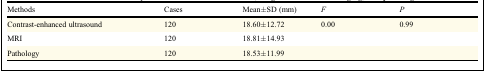
<table><thead><tr><td><b>Methods</b></td><td><b>Cases</b></td><td><b>Mean±SD (mm)</b></td><td><b><i>F</i></b></td><td><b><i>P</i></b></td></tr></thead><tbody><tr><td>Contrast-enhanced ultrasound</td><td>120</td><td>18.60±12.72</td><td>0.00</td><td>0.99</td></tr><tr><td>MRI</td><td>120</td><td>18.81±14.93</td><td></td><td></td></tr><tr><td>Pathology</td><td>120</td><td>18.53±11.99</td><td></td><td></td></tr></tbody></table>